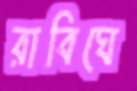
রাবিঘে